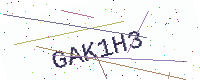
Text: GAK1H3